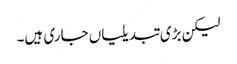
لیکن بڑی تبدیلیاں جاری ہیں۔